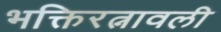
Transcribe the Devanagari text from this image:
भक्तिरत्नावली